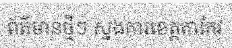
ព័ត៌មានថ្មីៗ ស្នងការខេត្តតាកែវ